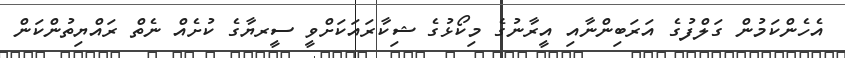
އެހެންކަމުން ގަލްފުގެ އަރަބިންނާއި އީރާނުގެ މިކޯޅުގެ ޝިކާރައަކަށްވީ ސީރޔާގެ ކުށެއް ނެތް ރައްޔިތުންކަން